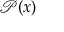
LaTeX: { \mathcal { P } } ( x )